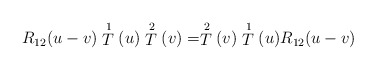
\begin{align*}R_{12}(u-v) \stackrel{1}{T}(u) \stackrel{2}{T}(v) =\stackrel{2}{T}(v) \stackrel{1}{T}(u) R_{12}(u-v)\end{align*}